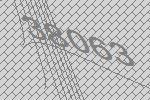
38063